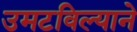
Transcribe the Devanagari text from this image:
उमटविल्याने